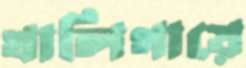
খালিগায়ে